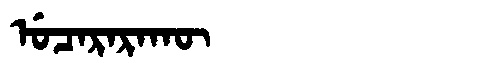
Manchu: ᡠᠴᠠᡵᠠᡵᠠᡴᡡ
Romanization: UCARARAKŪ